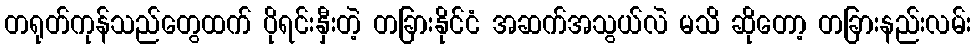
တရုတ်ကုန်သည်တွေထက် ပိုရင်းနှီးတဲ့ တခြားနိုင်ငံ အဆက်အသွယ်လဲ မသိ ဆိုတော့ တခြားနည်းလမ်း